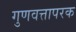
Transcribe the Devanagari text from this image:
गुणवत्तापरक